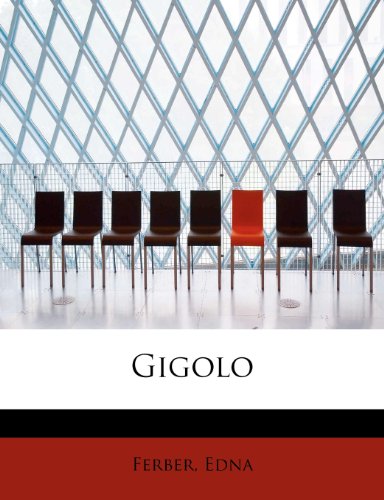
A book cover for Gigolo; Ferber Edna; Crafts, Hobbies & Home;